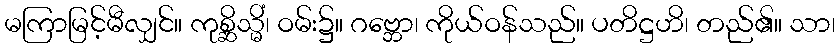
မကြာမြင့်မီလျှင်။ ကုစ္ဆိသ္မိံ၊ ဝမ်း၌။ ဂဗ္ဘော၊ ကိုယ်ဝန်သည်။ ပတိဋ္ဌဟိ၊ တည်၏။ သာ၊